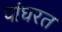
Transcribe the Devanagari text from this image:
पांघरत